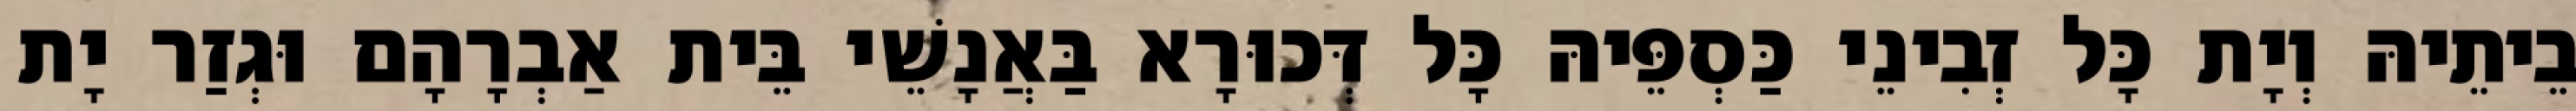
בֵיתֵיהּ וְיָת כָּל זְבִינֵי כַּסְפֵּיהּ כָּל דְּכוּרָא בַּאֲנָשֵׁי בֵּית אַבְרָהָם וּגְזַר יָת